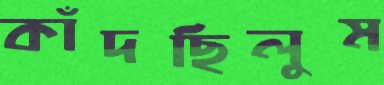
কাঁদছিলুম